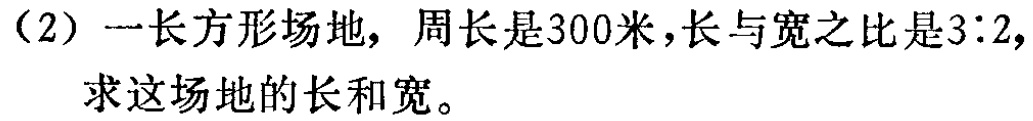
（2）一长方形场地，周长是300米，长与宽之比是3∶2，求这场地的长和宽。